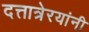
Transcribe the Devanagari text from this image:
दत्तात्रेरयांनी